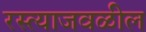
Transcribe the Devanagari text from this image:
रस्त्याजवळील